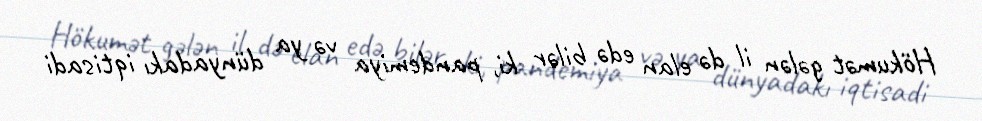
Hökumət gələn il də elan edə bilər ki, pandemiya və ya dünyadakı iqtisadi